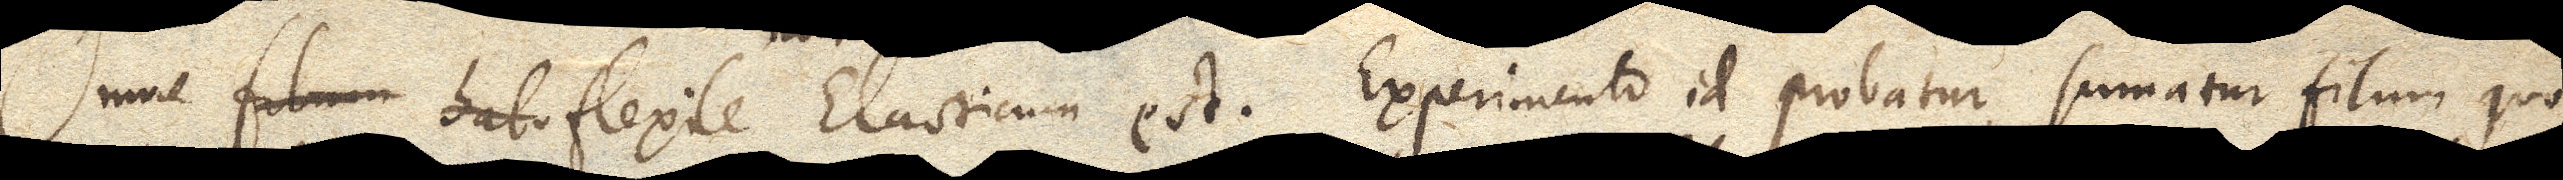
Omne filum hab flexile Elasticum est. Experimento id probatur, sumatur filum quod